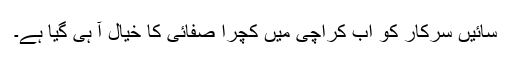
سائیں سرکار کو اب کراچی میں کچرا صفائی کا خیال آ ہی گیا ہے۔